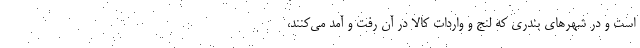
است و در شهرهای بندری که لنج و واردات کالا در آن رفت و آمد می‌کنند،